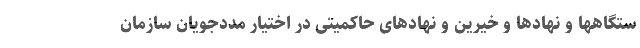
ستگاهها و نهادها و خیرین و نهادهای حاکمیتی در اختیار مددجویان سازمان